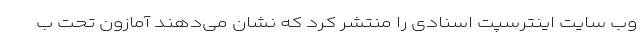
وب سایت اینترسپت اسنادی را منتشر کرد که نشان می‌دهند آمازون تحت ب